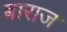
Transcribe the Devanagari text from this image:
बाराज